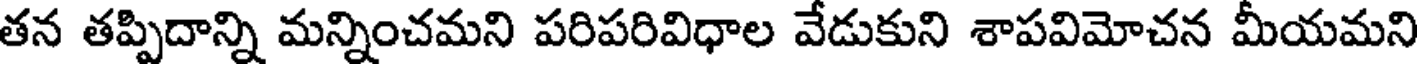
తన తప్పిదాన్ని మన్నించమని పరిపరివిధాల వేడుకుని శాపవిమోచన మీయమని